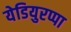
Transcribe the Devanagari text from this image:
येडियुरप्पा